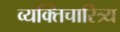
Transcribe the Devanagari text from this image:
व्यक्तिचारित्र्य